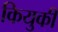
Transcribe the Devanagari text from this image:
कियुकी